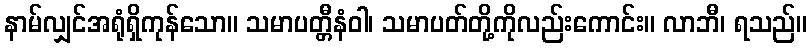
နာမ်လျှင်အရုံရှိကုန်သော။ သမာပတ္တီနံဝါ၊ သမာပတ်တို့ကိုလည်းကောင်း။ လာဘီ၊ ရသည်။